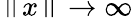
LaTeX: \left\| x\right\| \to\infty